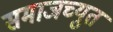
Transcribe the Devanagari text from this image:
समाजच्युत